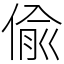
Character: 偸